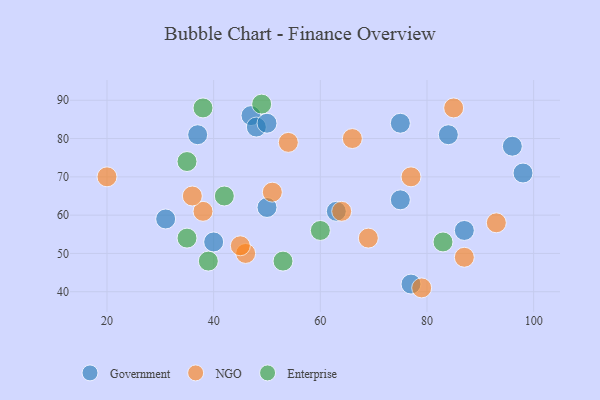
{"axis": {"x": "GDP", "y": "Life Expectancy"}, "legend": ["Enterprise", "Government", "NGO"], "data": [{"x": "63", "y": 61, "type": "Government"}, {"x": "75", "y": 64, "type": "Government"}, {"x": "40", "y": 53, "type": "Government"}, {"x": "31", "y": 59, "type": "Government"}, {"x": "47", "y": 86, "type": "Government"}, {"x": "50", "y": 62, "type": "Government"}, {"x": "96", "y": 78, "type": "Government"}, {"x": "87", "y": 56, "type": "Government"}, {"x": "98", "y": 71, "type": "Government"}, {"x": "84", "y": 81, "type": "Government"}, {"x": "48", "y": 83, "type": "Government"}, {"x": "50", "y": 84, "type": "Government"}, {"x": "75", "y": 84, "type": "Government"}, {"x": "37", "y": 81, "type": "Government"}, {"x": "77", "y": 42, "type": "Government"}, {"x": "87", "y": 49, "type": "NGO"}, {"x": "46", "y": 50, "type": "NGO"}, {"x": "77", "y": 70, "type": "NGO"}, {"x": "51", "y": 66, "type": "NGO"}, {"x": "38", "y": 61, "type": "NGO"}, {"x": "79", "y": 41, "type": "NGO"}, {"x": "69", "y": 54, "type": "NGO"}, {"x": "20", "y": 70, "type": "NGO"}, {"x": "93", "y": 58, "type": "NGO"}, {"x": "36", "y": 65, "type": "NGO"}, {"x": "64", "y": 61, "type": "NGO"}, {"x": "45", "y": 52, "type": "NGO"}, {"x": "54", "y": 79, "type": "NGO"}, {"x": "85", "y": 88, "type": "NGO"}, {"x": "66", "y": 80, "type": "NGO"}, {"x": "35", "y": 54, "type": "Enterprise"}, {"x": "38", "y": 88, "type": "Enterprise"}, {"x": "60", "y": 56, "type": "Enterprise"}, {"x": "39", "y": 48, "type": "Enterprise"}, {"x": "49", "y": 89, "type": "Enterprise"}, {"x": "53", "y": 48, "type": "Enterprise"}, {"x": "42", "y": 65, "type": "Enterprise"}, {"x": "83", "y": 53, "type": "Enterprise"}, {"x": "35", "y": 74, "type": "Enterprise"}]}